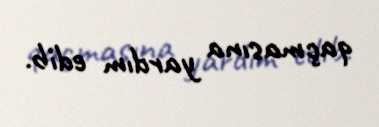
qaçmasına yardım edib.